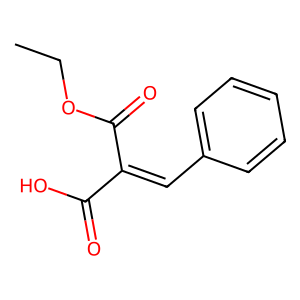
SMILES: CCOC(=O)C(=Cc1ccccc1)C(=O)O
Inhibits HIV replication: No